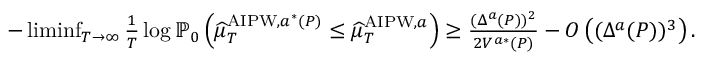
\begin{array} { r } { - \operatorname* { l i m i n f } _ { T \to \infty } \frac { 1 } { T } \log \mathbb { P } _ { 0 } \left( \widehat { \mu } _ { T } ^ { \mathrm { A I P W } , a ^ { * } ( P ) } \leq \widehat { \mu } _ { T } ^ { \mathrm { A I P W } , a } \right) \geq \frac { ( \Delta ^ { a } ( P ) ) ^ { 2 } } { 2 V ^ { a * } ( P ) } - O \left( ( \Delta ^ { a } ( P ) ) ^ { 3 } \right) . } \end{array}